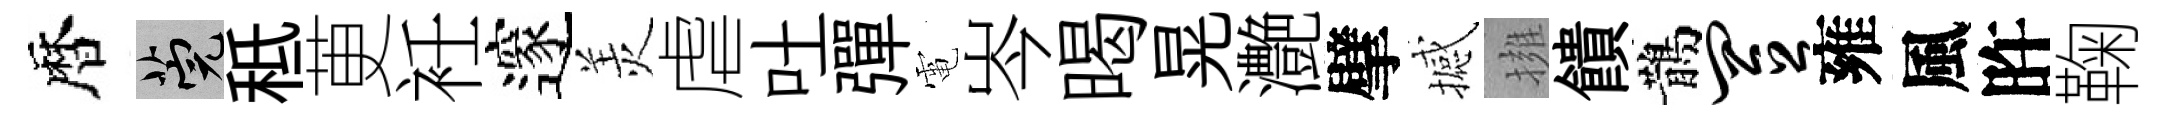
暦筦秪茰衽邃羙虐吐彈電岑暍晃灔擘撼擁饋鵲置雍風旿鞠